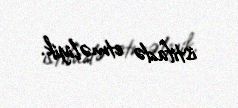
istifadə etməliyik.